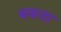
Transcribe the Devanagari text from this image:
बकता